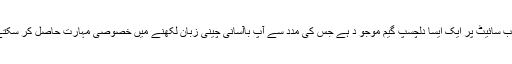
اس ویب سائیٹ پر ایک ایسا دلچسپ گیم موجو د ہے جس کی مدد سے آپ باآسانی چینی زبان لکھنے میں خصوصی مہارت حاصل کر سکتے ہیں۔